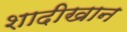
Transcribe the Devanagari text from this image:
शादीखान